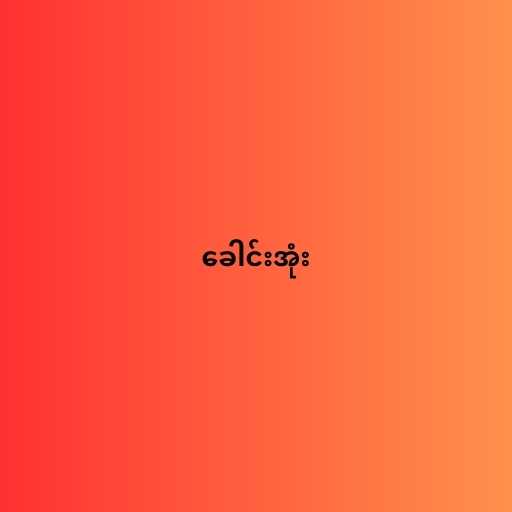
ခေါင်းအုံး